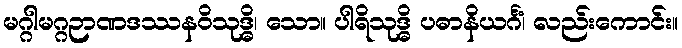
မဂ္ဂါမဂ္ဂဉာဏဒဿနဝိသုဒ္ဓိ၊ သော။ ပါရိသုဒ္ဓိ ပဓာနိယင်္ဂံ၊ လည်းကောင်း။